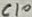
Text: C10